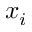
x _ { i }